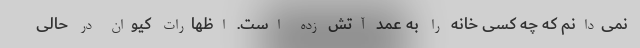
نمی‌دانم که چه کسی خانه را به عمد آتش زده است. اظهارات کیوان در حالی